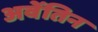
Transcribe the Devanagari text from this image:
अवेंतिन